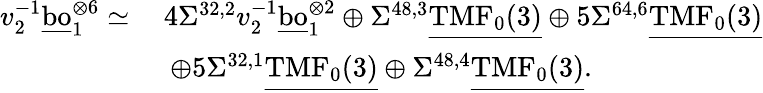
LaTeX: \begin{array}{rl}{v_{2}^{-1}\underline{{\mathrm{bo}}}_{1}^{\otimes{6}}\simeq\: }&{4\Sigma^{32,2}v_{2}^{-1}\underline{{\mathrm{bo}}}_{1}^{\otimes{2}}\oplus\Sigma^{48,3}\underline{{\mathrm{TMF}_{0}(3)}}\oplus 5\Sigma^{64,6}\underline{{\mathrm{TMF}_{0}(3)}}}\\ &{\: \oplus 5\Sigma^{32,1}\underline{{\mathrm{TMF}_{0}(3)}}\oplus\Sigma^{48,4}\underline{{\mathrm{TMF}_{0}(3)}}.}\end{array}